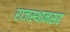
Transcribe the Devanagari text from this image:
राजस्थानसह